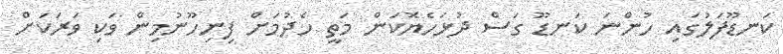
ކަނޑޫފަލުގައި ހުންނަ ކަނޑޫ ގަސް ދުޅަހެޔޮކަން މަތީ ހެދުމަށް ފިނިހޫނުމިން ވަކި ވަރަކަށް